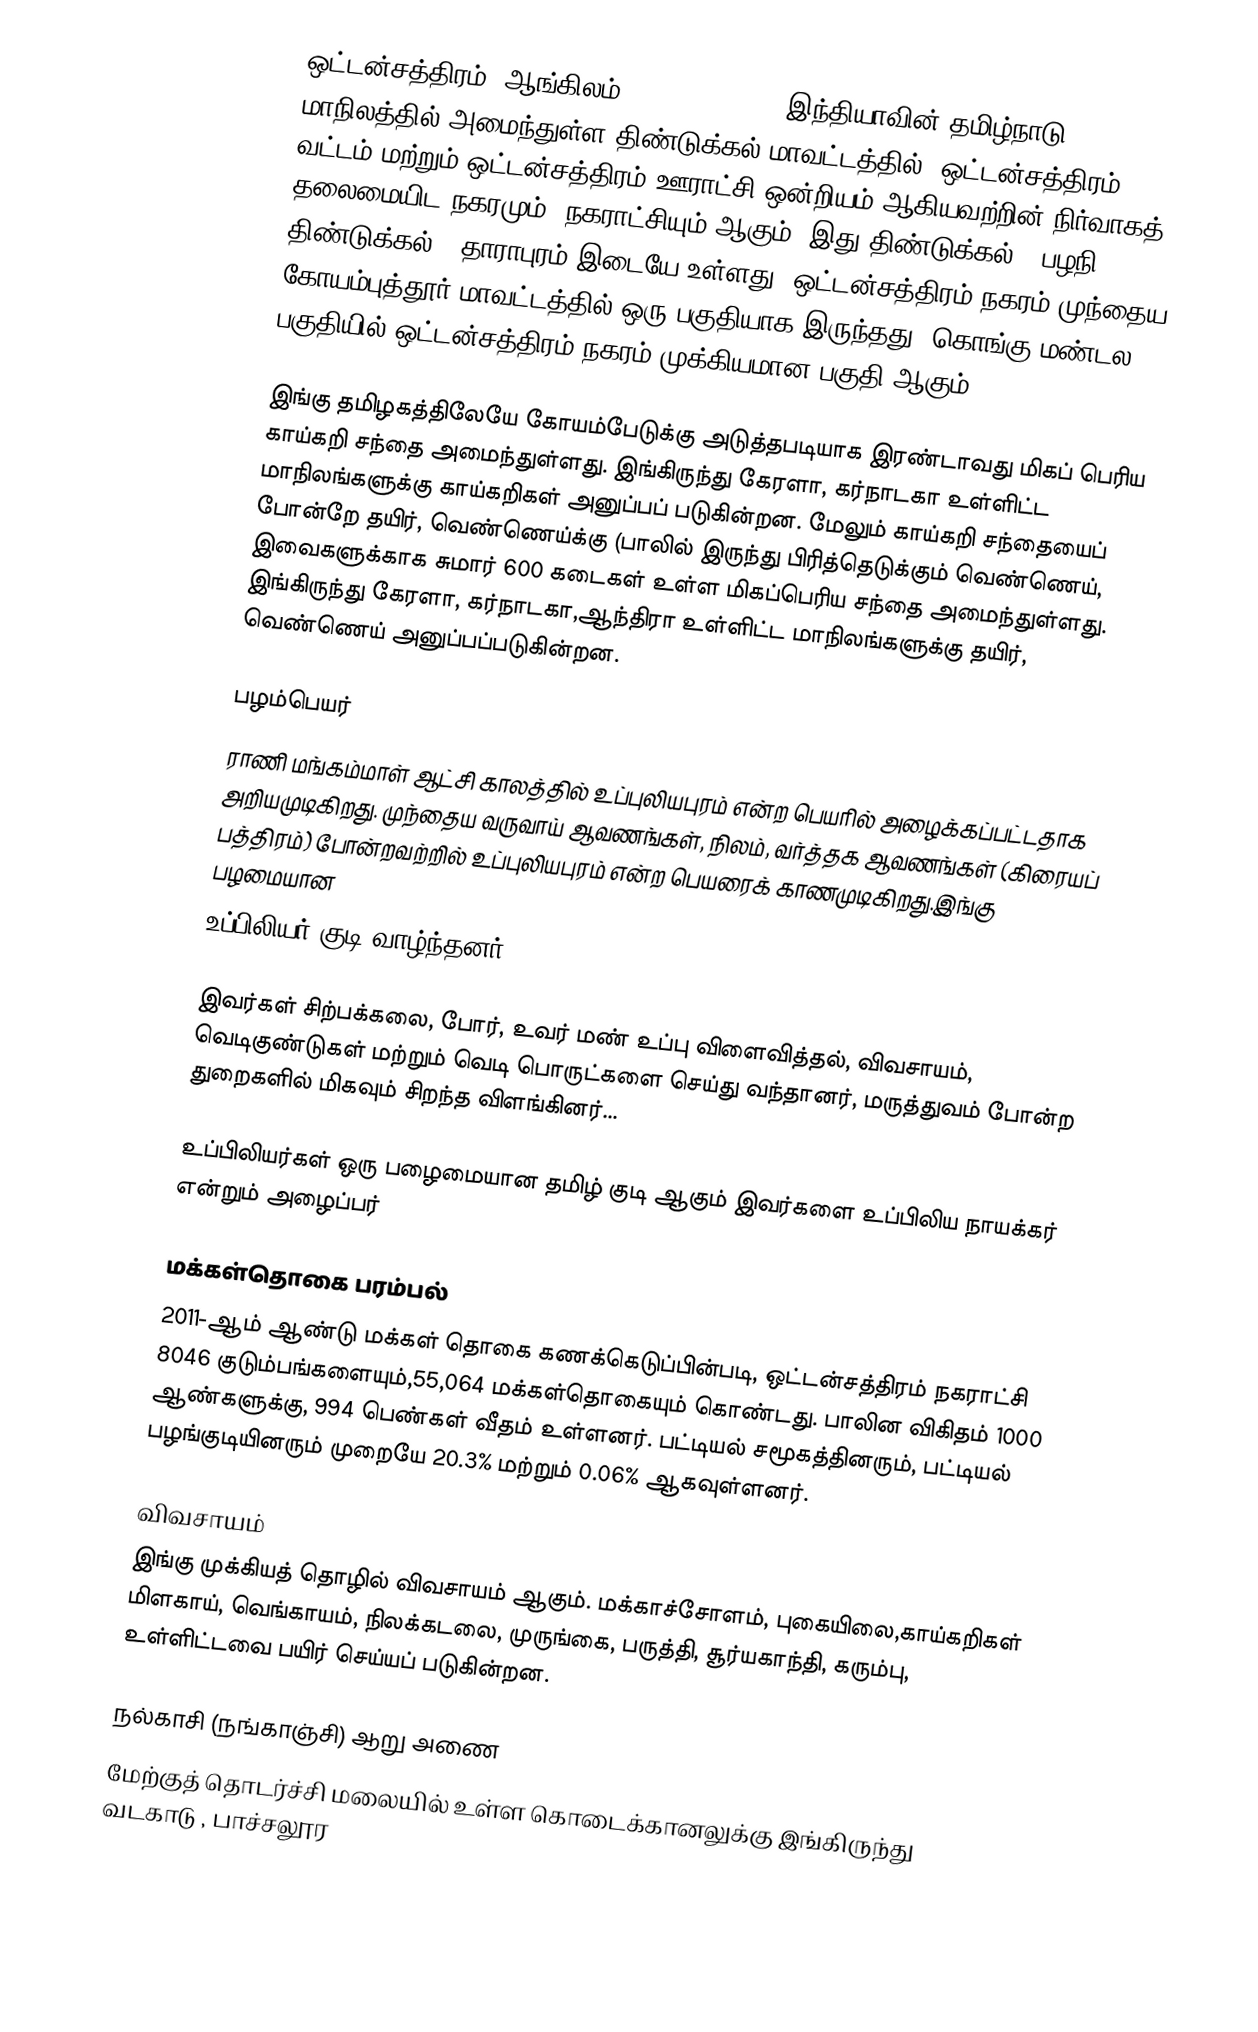
ஒட்டன்சத்திரம் (ஆங்கிலம்: Oddanchatram), இந்தியாவின் தமிழ்நாடு மாநிலத்தில் அமைந்துள்ள திண்டுக்கல் மாவட்டத்தில், ஒட்டன்சத்திரம் வட்டம் மற்றும் ஒட்டன்சத்திரம் ஊராட்சி ஒன்றியம் ஆகியவற்றின் நிர்வாகத் தலைமையிட நகரமும், நகராட்சியும் ஆகும். இது திண்டுக்கல் - பழநி, திண்டுக்கல் - தாராபுரம் இடையே உள்ளது. ஒட்டன்சத்திரம் நகரம் முந்தைய கோயம்புத்தூர் மாவட்டத்தில் ஒரு பகுதியாக இருந்தது. கொங்கு மண்டல பகுதியில் ஒட்டன்சத்திரம் நகரம் முக்கியமான பகுதி ஆகும்.

இங்கு தமிழகத்திலேயே கோயம்பேடுக்கு அடுத்தபடியாக இரண்டாவது மிகப் பெரிய காய்கறி சந்தை அமைந்துள்ளது. இங்கிருந்து கேரளா, கர்நாடகா உள்ளிட்ட மாநிலங்களுக்கு காய்கறிகள் அனுப்பப் படுகின்றன. மேலும் காய்கறி சந்தையைப் போன்றே தயிர், வெண்ணெய்க்கு (பாலில் இருந்து பிரித்தெடுக்கும் வெண்ணெய், இவைகளுக்காக சுமார் 600 கடைகள் உள்ள மிகப்பெரிய சந்தை அமைந்துள்ளது. இங்கிருந்து கேரளா, கர்நாடகா,ஆந்திரா உள்ளிட்ட மாநிலங்களுக்கு தயிர், வெண்ணெய் அனுப்பப்படுகின்றன.

பழம்பெயர்
ராணி மங்கம்மாள் ஆட்சி காலத்தில் உப்புலியபுரம் என்ற பெயரில் அழைக்கப்பட்டதாக அறியமுடிகிறது. முந்தைய வருவாய் ஆவணங்கள், நிலம், வர்த்தக ஆவணங்கள் (கிரையப் பத்திரம்) போன்றவற்றில் உப்புலியபுரம் என்ற பெயரைக் காணமுடிகிறது.இங்கு பழமையான
உப்பிலியர் குடி வாழ்ந்தனர்

இவர்கள் சிற்பக்கலை, போர், உவர் மண் உப்பு விளைவித்தல், விவசாயம், வெடிகுண்டுகள் மற்றும் வெடி பொருட்களை செய்து வந்தானர், மருத்துவம் போன்ற துறைகளில் மிகவும் சிறந்த விளங்கினர்...

உப்பிலியர்கள் ஒரு பழைமையான தமிழ் குடி ஆகும் இவர்களை உப்பிலிய நாயக்கர் என்றும் அழைப்பர்

மக்கள்தொகை பரம்பல்
2011-ஆம் ஆண்டு மக்கள் தொகை கணக்கெடுப்பின்படி, ஒட்டன்சத்திரம் நகராட்சி 8046  குடும்பங்களையும்,55,064 மக்கள்தொகையும் கொண்டது. பாலின விகிதம்  1000 ஆண்களுக்கு, 994  பெண்கள் வீதம் உள்ளனர்.  பட்டியல் சமூகத்தினரும், பட்டியல் பழங்குடியினரும்  முறையே 20.3% மற்றும் 0.06% ஆகவுள்ளனர்.

விவசாயம்
இங்கு முக்கியத் தொழில் விவசாயம் ஆகும். மக்காச்சோளம், புகையிலை,காய்கறிகள் மிளகாய், வெங்காயம், நிலக்கடலை, முருங்கை, பருத்தி, சூர்யகாந்தி, கரும்பு, உள்ளிட்டவை  பயிர் செய்யப் படுகின்றன.

நல்காசி (நங்காஞ்சி) ஆறு அணை
மேற்குத் தொடர்ச்சி மலையில் உள்ள கொடைக்கானலுக்கு இங்கிருந்து வடகாடு , பாச்சலூர